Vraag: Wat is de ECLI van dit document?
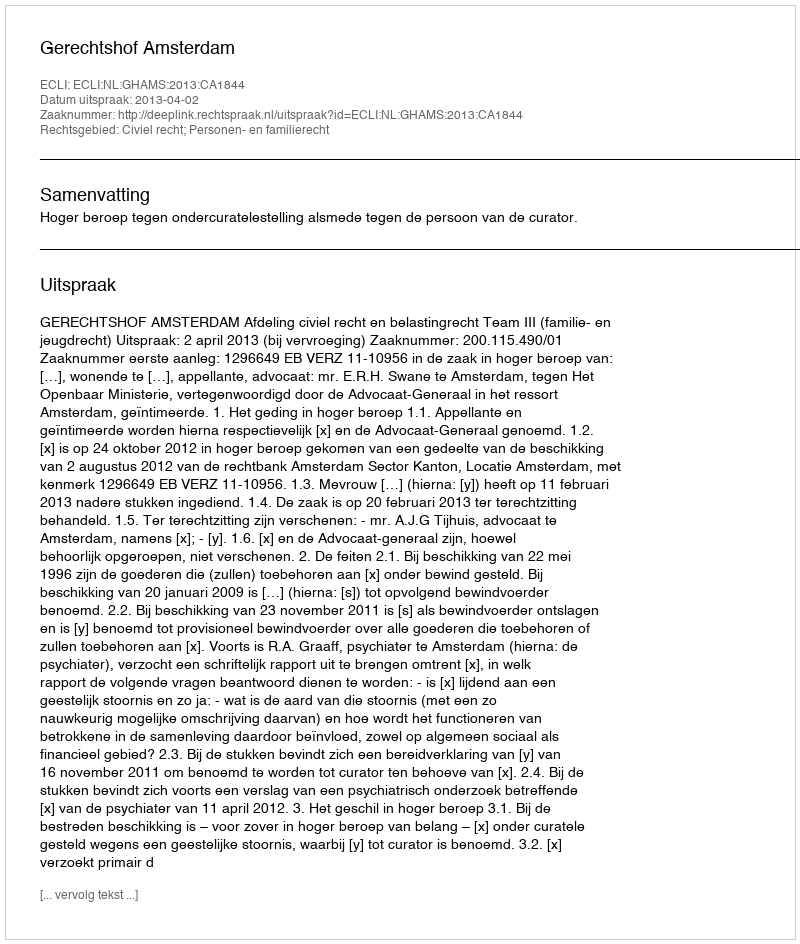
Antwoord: ECLI:NL:GHAMS:2013:CA1844